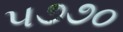
૫૭૭૦